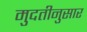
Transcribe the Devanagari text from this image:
मुदतीनुसार